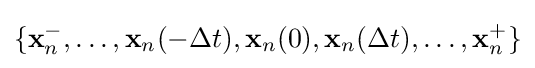
\{\mathbf {x} _{n}^{-},\ldots ,\mathbf {x} _{n}(-\Delta t),\mathbf {x} _{n}(0),\mathbf {x} _{n}(\Delta t),\ldots ,\mathbf {x} _{n}^{+}\}